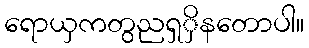
ရောယှကတွညရှှိနတောပါ။